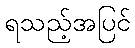
ရသည့်အပြင်